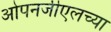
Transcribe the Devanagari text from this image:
ओपनजीएलच्या